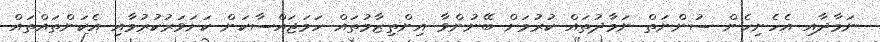
ނަމާދާއި އެހެނިހެން ސުންނަތް ނަމާދުތައް ކުރުމަށް ބޭނުންވާ އިންތިޒާމުތައް ހަމަޖައްސާކަން ކަށަވަރުކުރުމާއި އެކަންތައްތައް